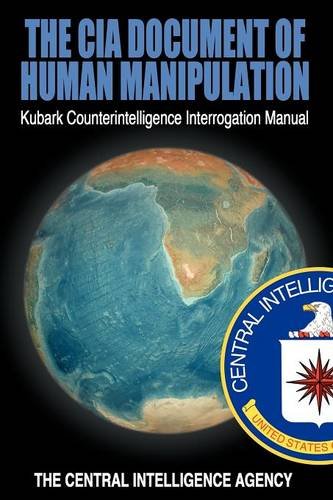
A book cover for The CIA Document of Human Manipulation: Kubark Counterintelligence Interrogation Manual; Biographies & Memoirs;